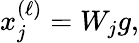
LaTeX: x_{j}^{(\ell)}=W_{j}g,